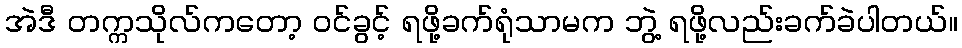
အဲဒီ တက္ကသိုလ်ကတော့ ဝင်ခွင့် ရဖို့ခက်ရုံသာမက ဘွဲ့ ရဖို့လည်းခက်ခဲပါတယ်။